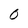
Character: 0